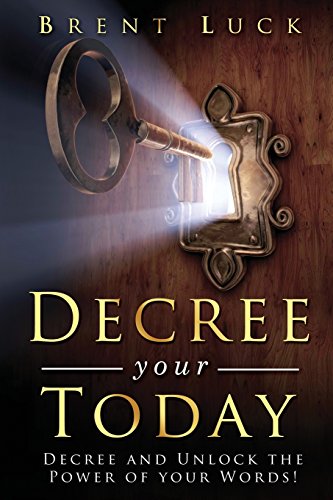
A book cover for Decree Your Today: Decree and Unlock the Power of Your Words!; Brent Luck; Christian Books & Bibles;